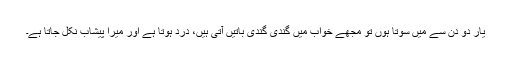
یار دو دن سے میں سوتا ہوں تو مجھے خواب میں گندی گندی باتیں آتی ہیں، درد ہوتا ہے اور میرا پیشاب نکل جاتا ہے۔